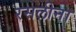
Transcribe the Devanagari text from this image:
रसलीना